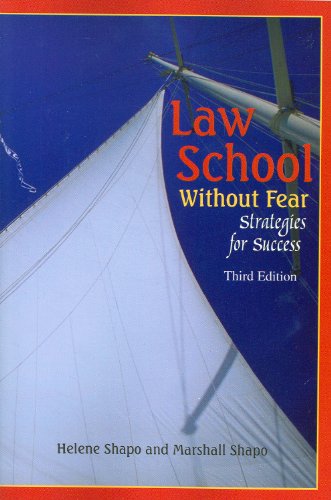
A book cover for Law School Without Fear: Strategies for Success (Career Guides); Helene Shapo; Law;